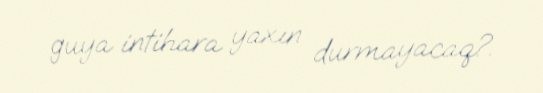
guya intihara yaxın durmayacaq?.